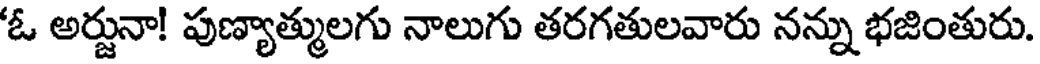
'ఓ అర్జునా! పుణ్యాత్ములగు నాలుగు తరగతులవారు నన్ను భజింతురు.